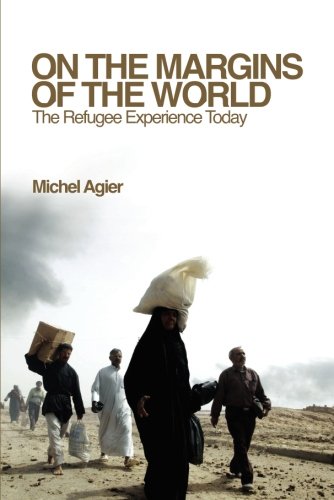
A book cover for On the Margins of the World: The Refugee Experience Today; Michel Agier; Law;